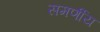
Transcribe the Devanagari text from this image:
समर्णीय